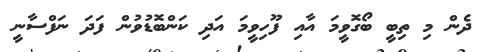
ދެން މި ތިބީ ބޯގޮވީމަ އާއި ފޫހިވީމަ އަދި ކަންބޮޑުވުން ފަދަ ނަފްސާނީ